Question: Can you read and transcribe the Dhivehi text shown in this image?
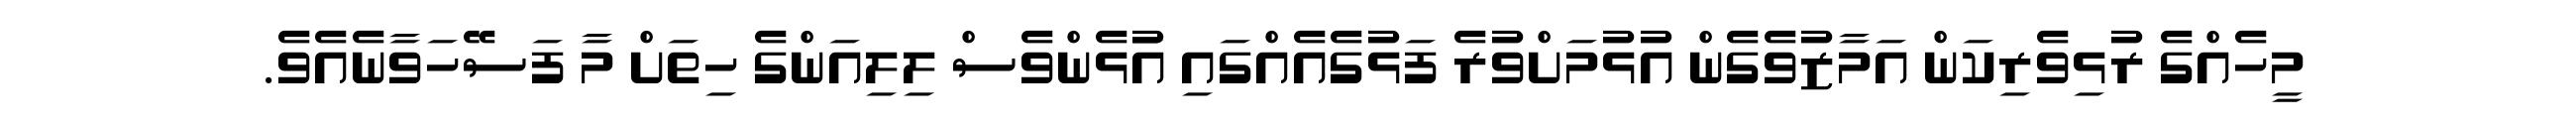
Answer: މީހެއްގެ ރުޅިވެރިކަން އަމާޒުވެގެން އުޅުމަށްވުރެ ފަޅުގެއެއްގައި އުަޅެންވެސް ލިލިއަންގެ ހިތަށް މާ ފަސޭހަވާނެއެވެ.